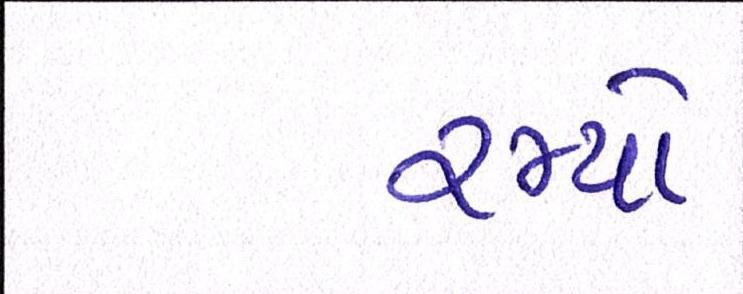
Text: રમ્યો